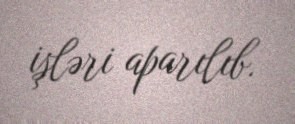
işləri aparılıb.